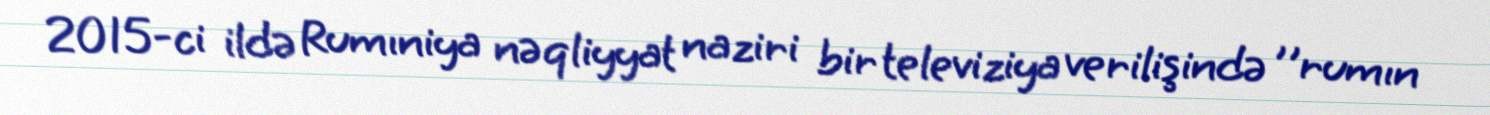
2015-ci ildə Rumıniya nəqliyyat naziri bir televiziya verilişində ''rumın